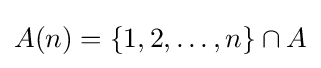
A(n)=\{1,2,\ldots ,n\}\cap A